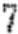
7